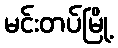
မင်းတပ်မြို့